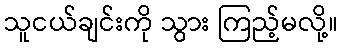
သူငယ်ချင်းကို သွား ကြည့်မလို့။